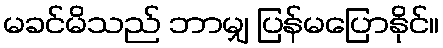
မခင်မိသည် ဘာမျှ ပြန်မပြောနိုင်။